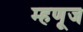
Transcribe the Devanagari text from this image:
म्हणूज